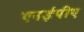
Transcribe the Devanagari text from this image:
एनईपीए